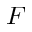
F